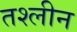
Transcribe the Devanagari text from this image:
तश्लीन